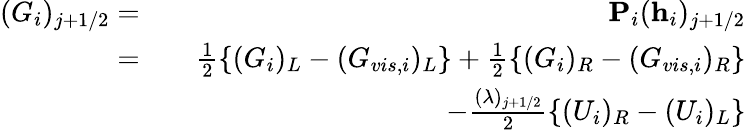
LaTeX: \begin{array}{rlr}{(G_{i})_{j+1/2}=}&{}&{\textbf{P}_{i}(\textbf{h}_{i})_{j+1/2}}\\ {=}&{}&{\frac{1}{2}\left\{ (G_{i})_{L}-(G_{vis,i})_{L}\right\} +\frac{1}{2}\left\{ (G_{i})_{R}-(G_{vis,i})_{R}\right\} }\\ &{}&{-\frac{(\lambda)_{j+1/2}}{2}\left\{ (U_{i})_{R}-(U_{i})_{L}\right\} }\end{array}